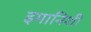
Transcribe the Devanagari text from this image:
इमानिशी